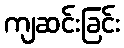
ကျဆင်းခြင်း